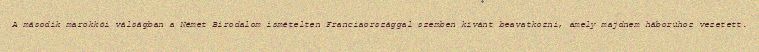
A második marokkói válságban a Német Birodalom ismételten Franciaországgal szemben kívánt beavatkozni, amely majdnem háborúhoz vezetett.